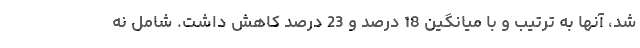
شد، آنها به ترتیب و با میانگین 18 درصد و 23 درصد کاهش داشت. شامل نه